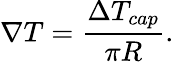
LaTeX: \nabla T=\frac{\Delta T_{cap}}{\pi R}.